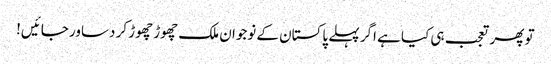
تو پھر تعجب ہی کیا ہے اگر پہلے پاکستان کے نوجوان ملک چھوڑ چھوڑ کر دساور جائیں!